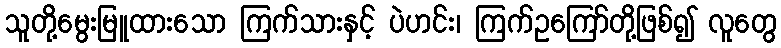
သူတို့မွေးမြူထားသော ကြက်သားနှင့် ပဲဟင်း၊ ကြက်ဥကြော်တို့ဖြစ်၍ လူတွေ